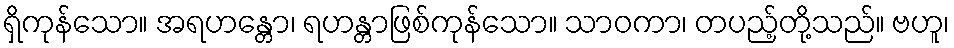
ရှိကုန်သော။ အရဟန္တော၊ ရဟန္တာဖြစ်ကုန်သော။ သာဝကာ၊ တပည့်တို့သည်။ ဗဟူ၊